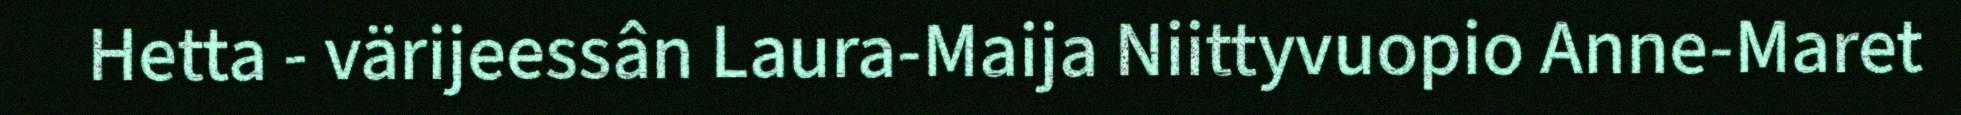
Hetta - värijeessân Laura-Maija Niittyvuopio Anne-Maret